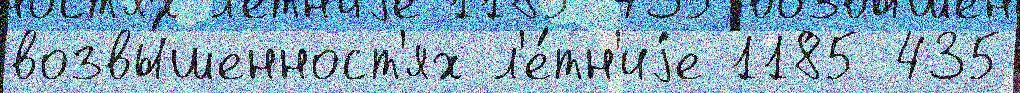
возвы́шенност'ях л'е́тн'иjе 1185 435